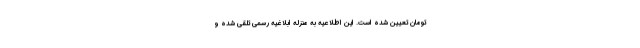
تومان تعیین شده است. این اطلاعیه به منزله ابلاغیه رسمی تلقی شده و